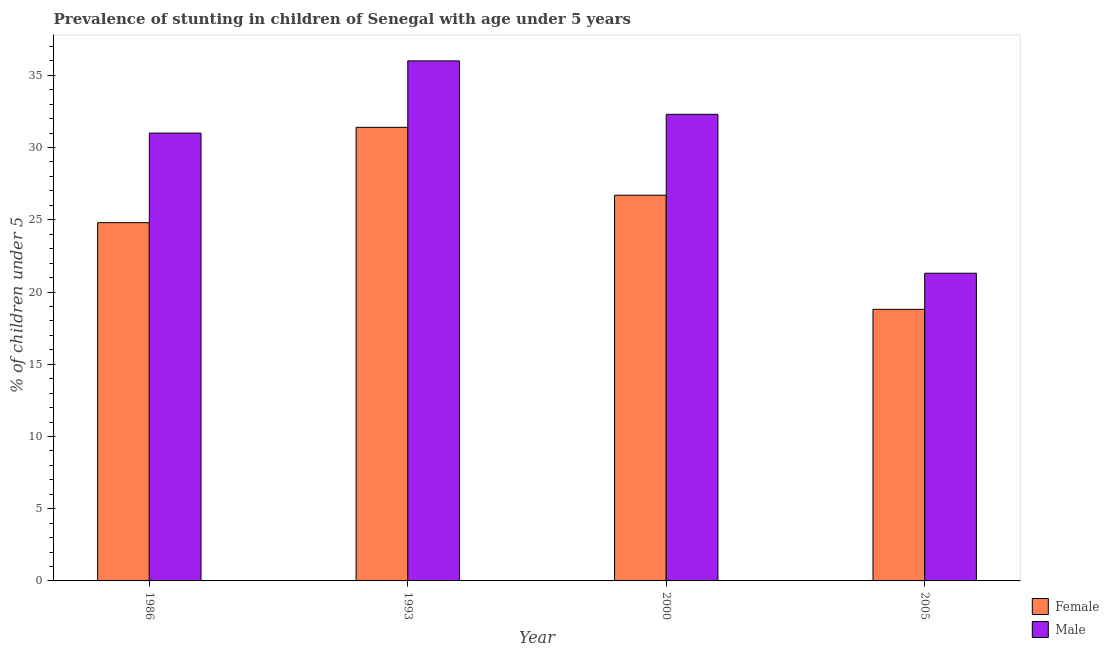
| Year | Female | Male |
 | --- | --- | --- |
 | 1986 | 24.8 | 31 |
 | 1993 | 31.4 | 36 |
 | 2000 | 26.7 | 32.3 |
 | 2005 | 18.8 | 21.3 |